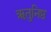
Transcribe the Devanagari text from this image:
ऋतुनिष्ठ